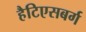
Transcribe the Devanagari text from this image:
हैटिएसबर्ग